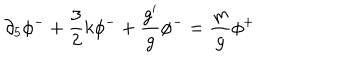
\partial _ { 5 } \phi ^ { - } + \frac { 3 } { 2 } k \phi ^ { - } + \frac { g ^ { \prime } } { g } \phi ^ { - } = \frac { m } { g } \phi ^ { + }